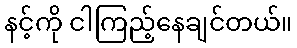
နင့်ကို ငါကြည့်နေချင်တယ်။